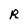
Character: R